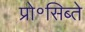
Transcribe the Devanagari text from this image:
प्रो॰सिब्ते